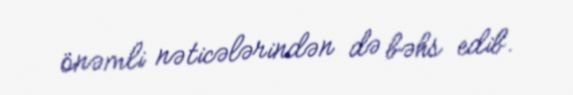
önəmli nəticələrindən də bəhs edib.